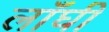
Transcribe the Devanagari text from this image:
लाँघी